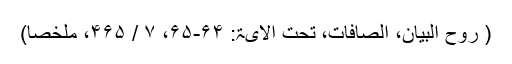
( روح البیان، الصافات، تحت الآیۃ: ۶۴-۶۵، ۷ / ۴۶۵، ملخصاً)